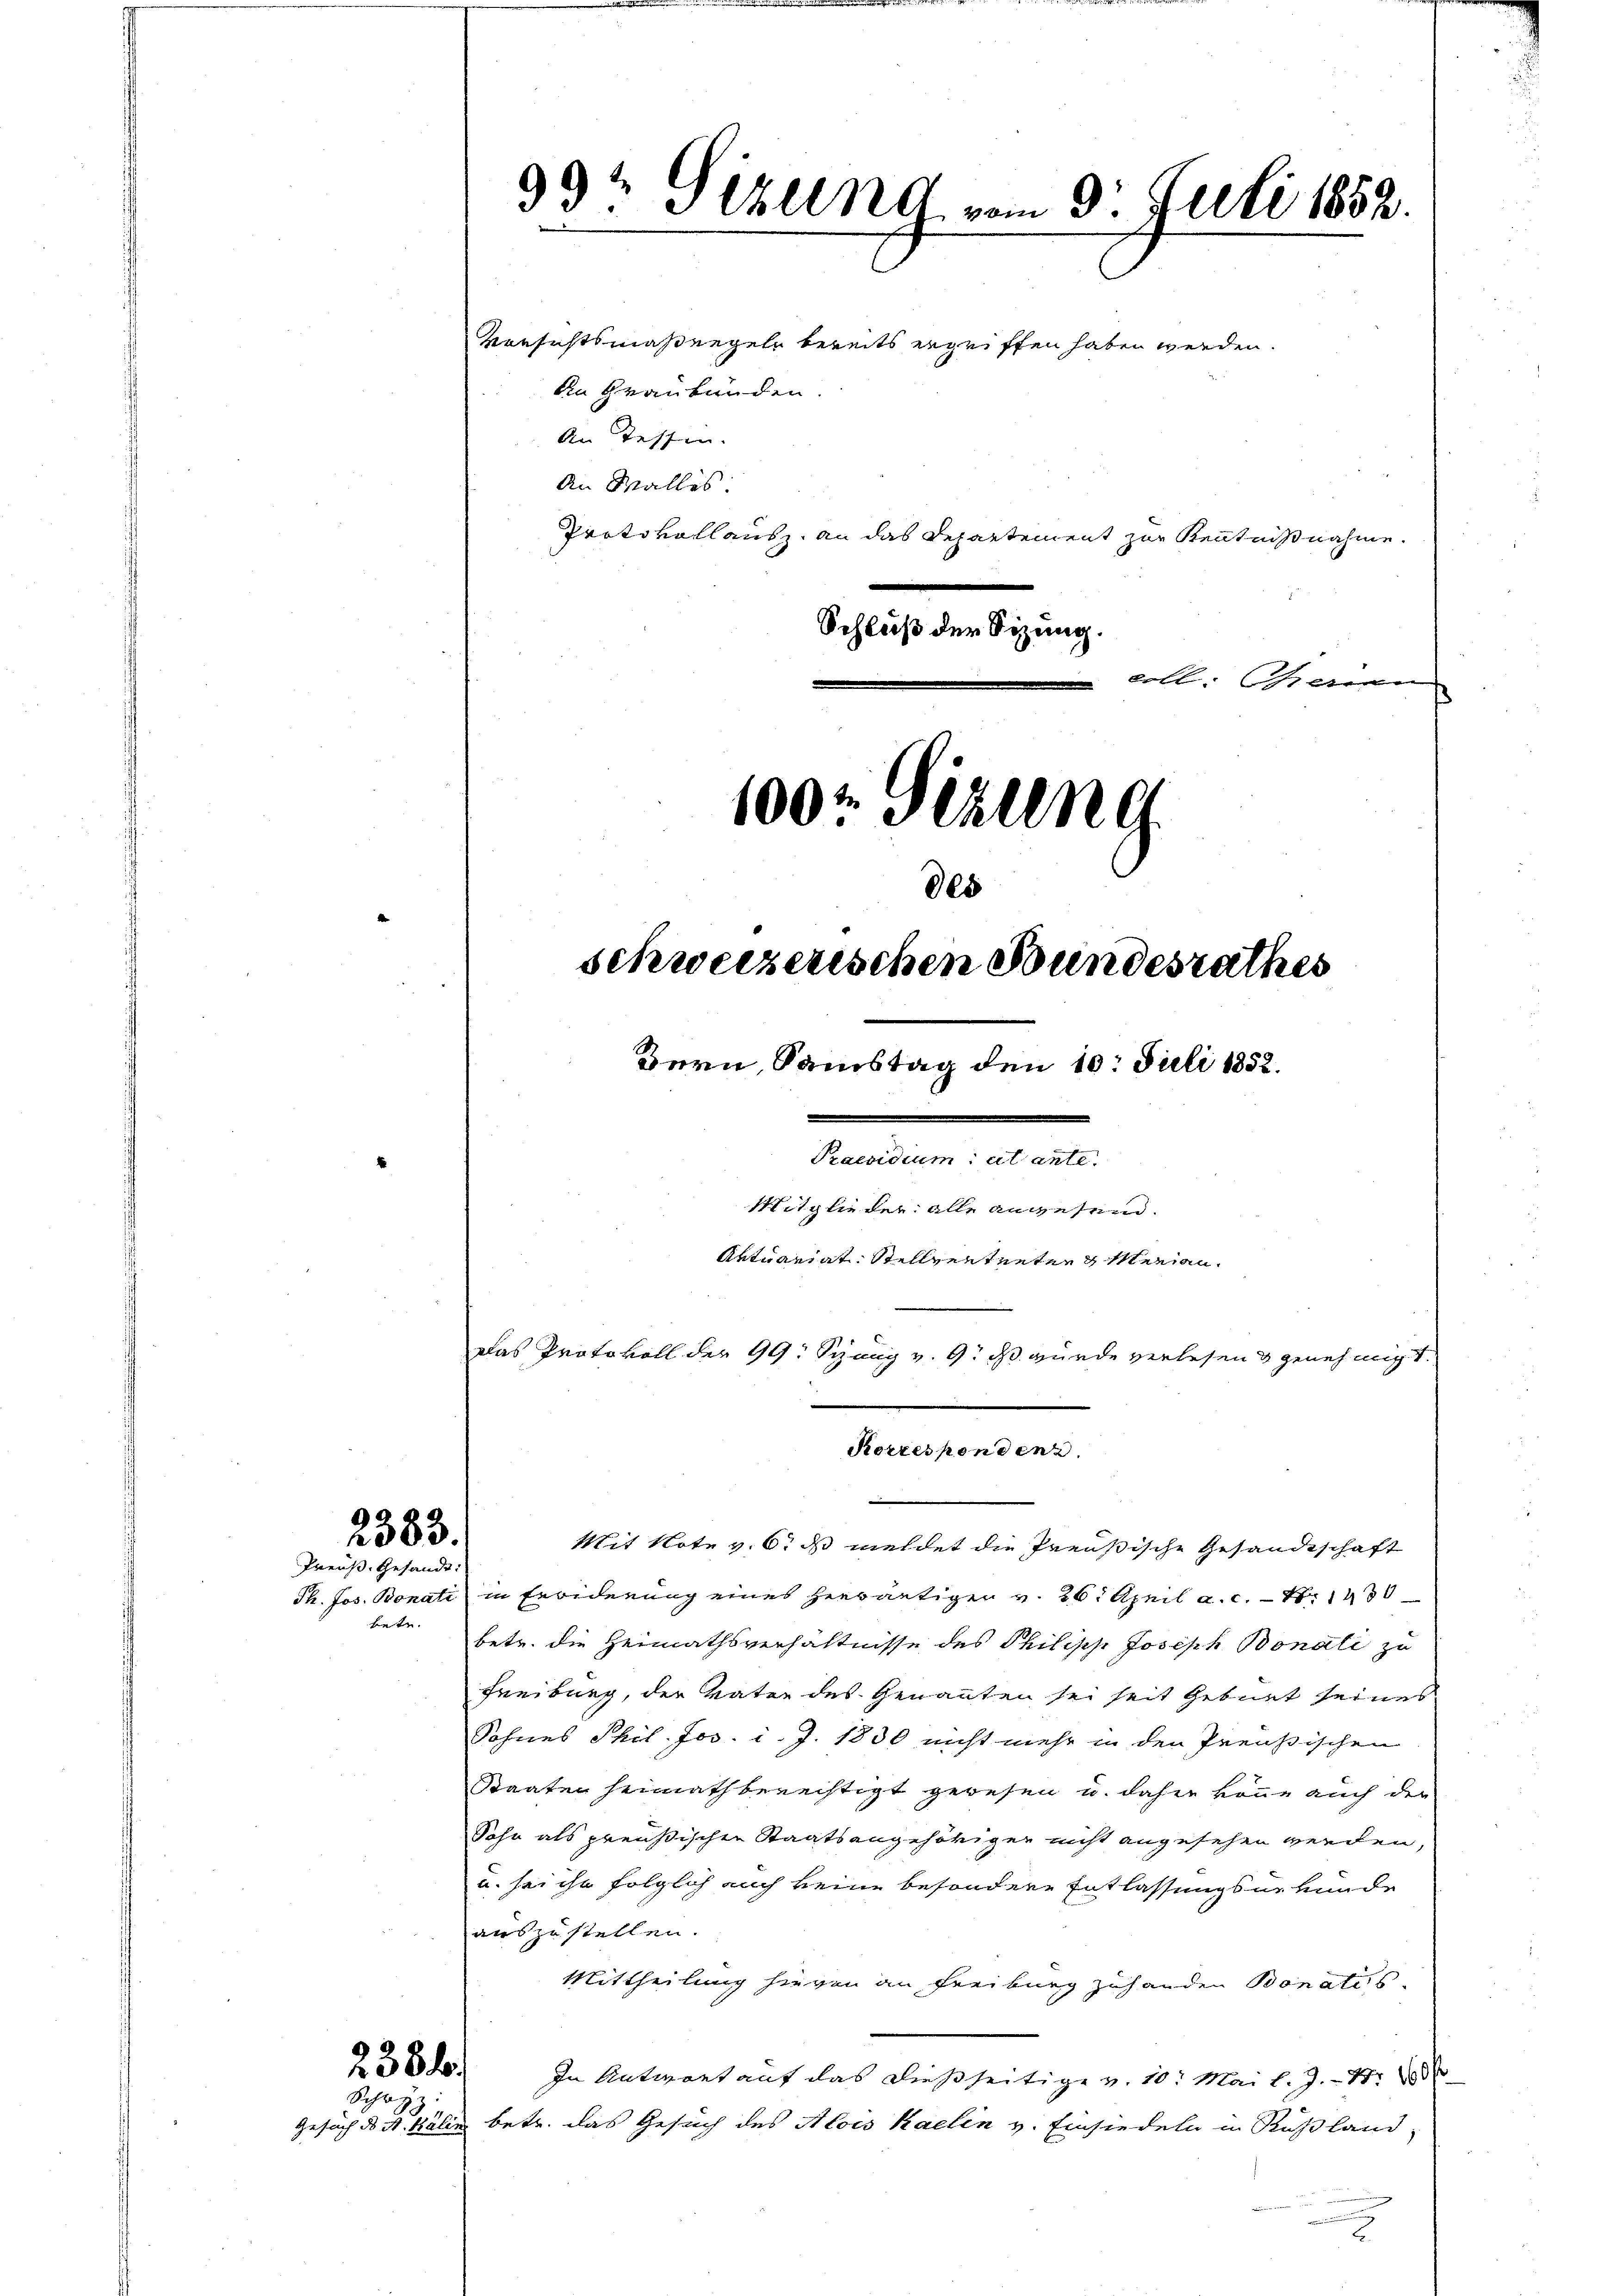
2383.
Preuß. Gesandt.

bete.

238 f.
Schl

Mit Note v. 6. ds meldet die Preußische Gesandtschaft
Th. Jos. Bonati in Erwiderung eines herwärtigen v. 26. April a. c. S. 143
betr. die Heimathsverhältnisse des Philipp Joseph Bonati zu
Freiburg, der Vater des Genannten sei seit Gebiet seines
Sohnes Phil. Jos. v. J. 1830 nicht mehr in den Preußischen
Staaten heimathberechtigt gewesen u. dahin könne auch der
Sohn als preußischen Staatsangehöriger nicht angesehen werden,
u. sei ihn folglich auch keine besondere Entlassungsurkunde
auszustellen.
Mittheilung hievon an Freiburg zuhanden Bonatus
In Antwort auf das dießseitige v. 10. Mai l. J. 188
Gesuch ds A. Balin betr. das Gesuch des Alois Kaelen v. Einsiedeln in Rußland,
2

33t Sizung vom 9. Juli 1852

100: Sizung
des
schweizerischen Stundesrathes
Bern, Samstag den 10. Juli 1852.
Praesidium et ante.
Mitglieder alle angesend.
Aktuariat Stellvertreten Marian¬
Das Protokoll der 99. Seung v. 9. ds. wurde verlesen & genehmigt.
Korrespondenz.

Versichtsmaßregeln bereits ergriffen haben werden.
An Graubünden.
an Tessen.
An Walles.
Protokollausz an das Departement zur Kenntnißnahme.
Schluß der Sitzung.
" kalt seltenen |